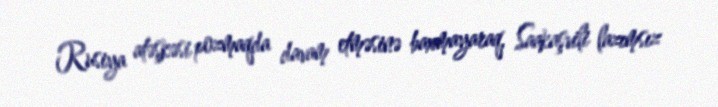
Rusiya atəşkəsi pozmaqda davam etməsinə baxmayaraq, Saakaşvili lazımsız